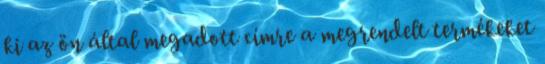
ki az ön által megadott címre a megrendelt termékeket